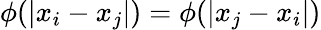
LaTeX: \phi(|x_{i}-x_{j}|)=\phi(|x_{j}-x_{i}|)